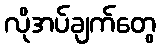
လိုအပ်ချက်တွေ